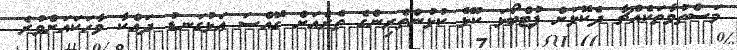
މަސްތުވާތަކެއްޗާ ދެކޮޅަށް ފުޓްބޯޅަ ކުޅޭ ކުޅުންތެރިންގެ ތެރެއަށް ގޮއްސަ އަޅުގަނޑު ދައްކާ ވާހަކައަށްވުރެ